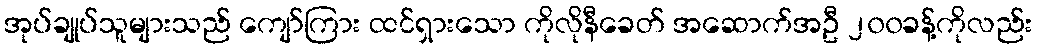
အုပ်ချုပ်သူများသည် ကျော်ကြား ထင်ရှားသော ကိုလိုနီခေတ် အဆောက်အဦ ၂၀၀ခန့်ကိုလည်း